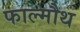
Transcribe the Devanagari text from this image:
फाल्मौथ